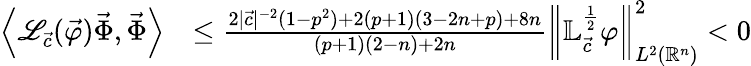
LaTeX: \begin{array}{rl}{\left\langle\mathscr{L}_{\vec{c}}(\vec{\varphi})\vec{\Phi},\vec{\Phi}\right\rangle}&{\leq\frac{2|{\vec{c}}|^{-2}(1-p^{2})+2(p+1)(3-2n+p)+8n}{(p+1)(2-n)+2n}\left\| \mathbb{L}_{\vec{c}}^{\frac 12}\varphi\right\| _{L^{2}({\mathbb{R}^{n}})}^{2}<0}\end{array}